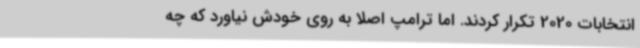
انتخابات 2020 تکرار کردند. اما ترامپ اصلا به روی خودش نیاورد که چه